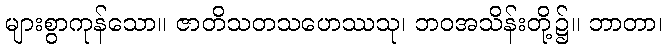
များစွာကုန်သော။ ဇာတိသတသဟေဿသု၊ ဘဝအသိန်းတို့၌။ ဘာတာ၊